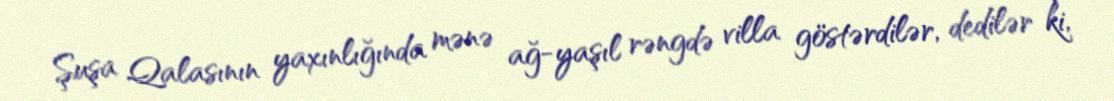
Şuşa Qalasının yaxınlığında mənə ağ-yaşıl rəngdə villa göstərdilər, dedilər ki,